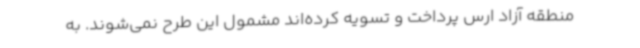
منطقه آزاد ارس پرداخت و تسویه کرده‌اند مشمول این طرح نمی‌شوند. به